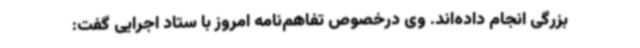
بزرگی انجام داده‌اند. وی درخصوص تفاهم‌نامه امروز با ستاد اجرایی گفت: